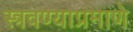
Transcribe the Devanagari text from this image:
स्त्रवण्याप्रमाणे